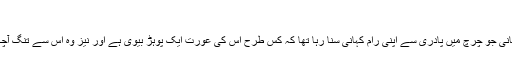
کہ
ایک دہقانی جو چرچ میں پادری سے اپنی رام کہانی سُنا رہا تھا کہ کس طرح اس کی عورت ایک پوہڑ بیوی ہے اور نیز وہ اس سے تنگ آچکا ہے ۔